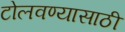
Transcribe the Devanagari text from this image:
टोलवण्यासाठी